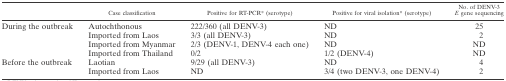
<table><thead><tr><td></td><td><b>Case classification</b></td><td><b>Positive for RT-PCR* (serotype)</b></td><td><b>Positive for viral isolation* (serotype)</b></td><td><b>No. of DENV-3 <i>E</i> gene sequencing</b></td></tr></thead><tbody><tr><td rowspan="4">During the outbreak</td><td>Autochthonous</td><td>222/360 (all DENV-3)</td><td>ND</td><td>25</td></tr><tr><td>Imported from Laos</td><td>3/3 (all DENV-3)</td><td>ND</td><td>2</td></tr><tr><td>Imported from Myanmar</td><td>2/3 (DENV-1, DENV-4 each one)</td><td>ND</td><td>ND</td></tr><tr><td>Imported from Thailand</td><td>0/2</td><td>1/2 (DENV-4)</td><td>ND</td></tr><tr><td rowspan="2">Before the outbreak</td><td>Laotian</td><td>9/29 (all DENV-3)</td><td>ND</td><td>4</td></tr><tr><td>Imported from Laos</td><td>ND</td><td>3/4 (two DENV-3, one DENV-4)</td><td>2</td></tr></tbody></table>